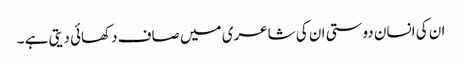
ان کی انسان دوستی ان کی شاعری میں صاف دکھائی دیتی ہے ۔